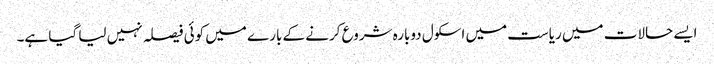
ایسے حالات میں ریاست میں اسکول دوبارہ شروع کرنے کے بارے میں کوئی فیصلہ نہیں لیا گیا ہے۔